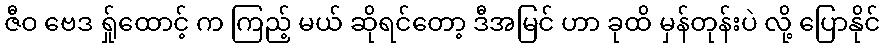
ဇီဝ ဗေဒ ရ်ှုထောင့် က ကြည့် မယ် ဆိုရင်တော့ ဒီအမြင် ဟာ ခုထိ မှန်တုန်းပဲ လို့ ပြောနိုင်